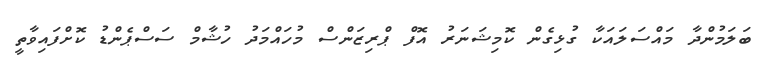
ބަލަމުންދާ މައްސަލައަކާ ގުޅިގެން ކޮމިޝަނަރު އޮފް ޕްރިޒަންސް މުހައްމަދު ހުޝާމް ސަސްޕެންޑު ކޮށްފައިވާތީ